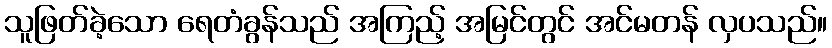
သူဖြတ်ခဲ့သော ရေတံခွန်သည် အကြည့် အမြင်တွင် အင်မတန် လှပသည်။